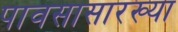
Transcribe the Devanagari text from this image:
पावसासारख्या